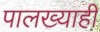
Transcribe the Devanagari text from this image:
पालख्याही